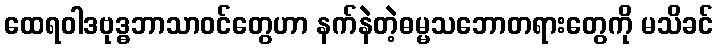
ထေရဝါဒဗုဒ္ဓဘာသာဝင်တွေဟာ နက်နဲတဲ့ဓမ္မသဘောတရားတွေကို မသိခင်